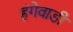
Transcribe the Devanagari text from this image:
हंगेवाडी